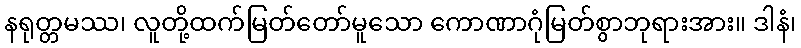
နရုတ္တမဿ၊ လူတို့ထက်မြတ်တော်မူသော ကောဏာဂုံမြတ်စွာဘုရားအား။ ဒါနံ၊